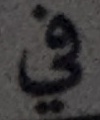
في